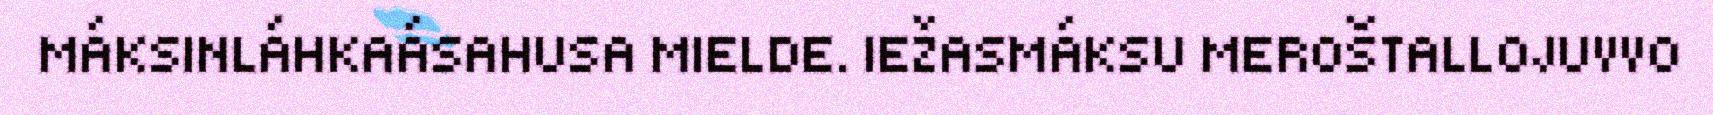
MÁKSINLÁHKAÁSAHUSA MIELDE. IEŽASMÁKSU MEROŠTALLOJUVVO